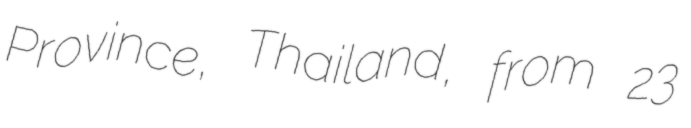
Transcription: Province, Thailand, from 23